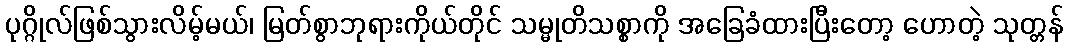
ပုဂ္ဂိုလ်ဖြစ်သွားလိမ့်မယ်၊ မြတ်စွာဘုရားကိုယ်တိုင် သမ္မုတိသစ္စာကို အခြေခံထားပြီးတော့ ဟောတဲ့ သုတ္တန်